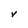
Character: V